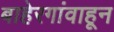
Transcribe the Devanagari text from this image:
बाहेरगांवाहून